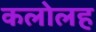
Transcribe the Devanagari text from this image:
कलोलह